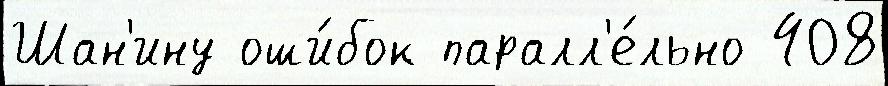
Шан'ину оши́бок паралл'е́льно 408